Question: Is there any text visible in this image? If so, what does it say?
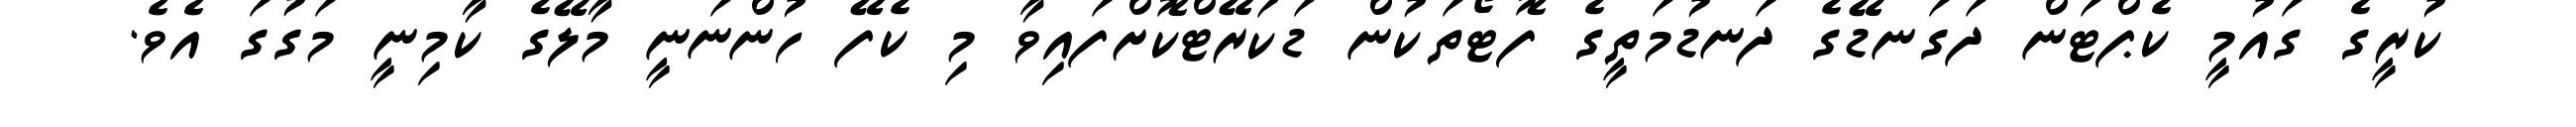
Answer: ކުރީގެ ގައުމީ ކެޕްޓަން ދަގަނޑޭގެ ދަނޑުމަތީގެ ފޮޓޯތަކުން ޑަކަރޭޓްކޮށްފައިވާ މި ކެފޭ ހުންނަނީ މާލޭގެ ކާމިނީ މަގުގަ އެވެ.